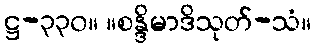
ဋ္ဌ-၃၃၀။ ။စန္ဒိမာဒိသုတ်-သံ။